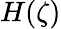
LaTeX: H(\zeta)